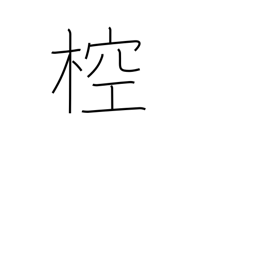
Meaning: type of ancient musical instrument